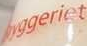
#yggeriet